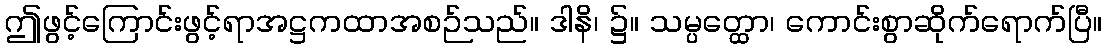
ဤဖွင့်ကြောင်းဖွင့်ရာအဋ္ဌကထာအစဉ်သည်။ ဒါနိ၊ ၌။ သမ္ပတ္ထော၊ ကောင်းစွာဆိုက်ရောက်ပြီ။